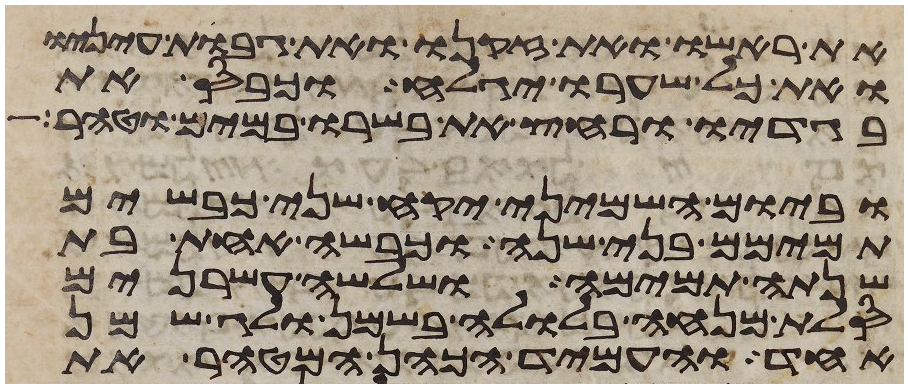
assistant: את ראשו ואת זקנו ואת גבות עיניו
ואת כל שערו יגלח וכבס את
בגדיו ורחץ את בשרו במים וטהר
וביום השמיני יקח שני כבשים
תמימם בני שנה וכבשה אחת בת
שנתה תמימה ושלשה עשרנים
סלת מנחה בלולה בשמן ולג שמן
אחד והעמיד הכהן המטהר את